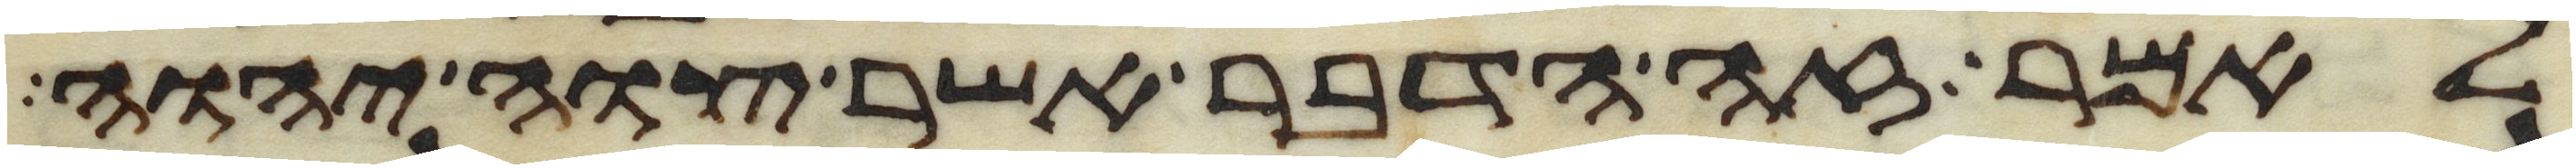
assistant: לאמר זה הדבר אשר צוה יהוה